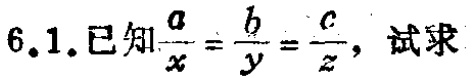
$6.1.已知\frac{a}{x}=\frac{b}{y}=\frac{c}{z}，试求$